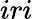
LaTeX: iri